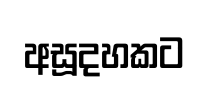
අසූදහකට